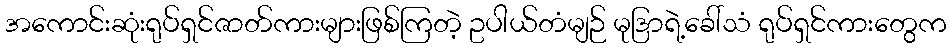
အကောင်းဆုံးရုပ်ရှင်ဇာတ်ကားများဖြစ်ကြတဲ့ ဥပါယ်တံမျဉ် မုဒြာရဲ့ခေါ်သံ ရုပ်ရှင်ကားတွေက